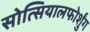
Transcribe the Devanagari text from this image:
सोत्सियालफोर्शुंग